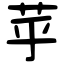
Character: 苸